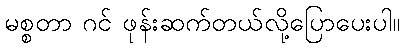
မစ္စတာ ဂင် ဖုန်းဆက်တယ်လို့ပြောပေးပါ။